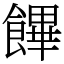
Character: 饆